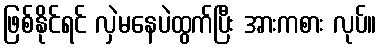
ဖြစ်နိုင်ရင် လှဲမနေပဲထွက်ပြီး အားကစား လုပ်။